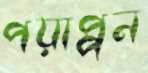
পয়াপ্পন